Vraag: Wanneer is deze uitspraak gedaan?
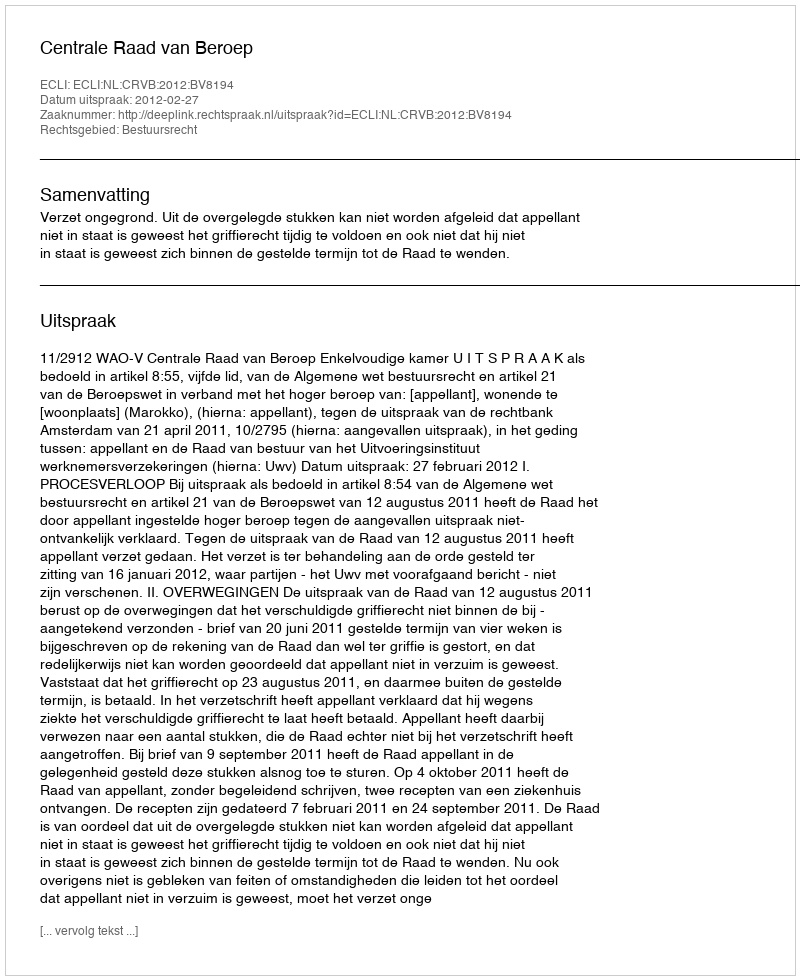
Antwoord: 2012-02-27